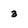
Character: 3